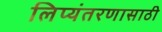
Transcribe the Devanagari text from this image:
लिप्यंतरणासाठी